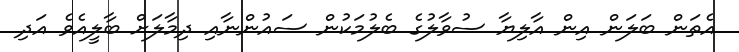
އެތަން ބަލަން އިން އާލިޔާ ސުވާލުގެ ބެލުމަކުން ސައުންނާއި ދިމާލަށް ބާލީއެވެ އަދި